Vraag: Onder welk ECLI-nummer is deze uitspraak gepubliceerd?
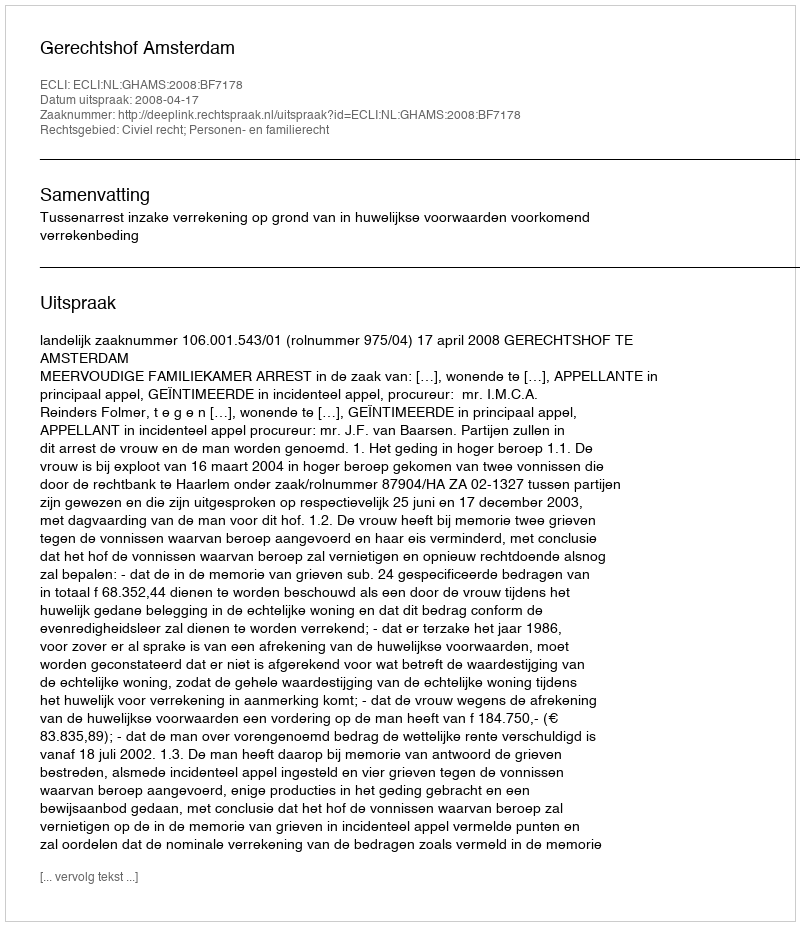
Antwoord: ECLI:NL:GHAMS:2008:BF7178